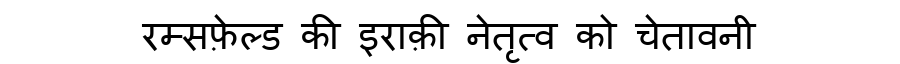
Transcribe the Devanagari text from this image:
रम्सफ़ेल्ड की इराक़ी नेतृत्व को चेतावनी